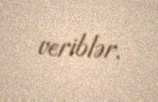
veriblər.